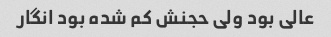
عالی بود ولی حجنش کم شده بود انگار